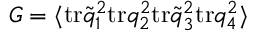
G = \langle \mathrm { t r } \widetilde q _ { 1 } ^ { 2 } \mathrm { t r } q _ { 2 } ^ { 2 } \mathrm { t r } \widetilde q _ { 3 } ^ { 2 } \mathrm { t r } q _ { 4 } ^ { 2 } \rangle